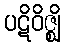
ပဋိဝိဇ္ဈိ